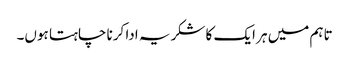
تاہم میں ہر ایک کا شکریہ ادا کرنا چاہتا ہوں۔